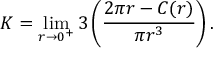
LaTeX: K = \operatorname* { l i m } _ { r \to 0 ^ { + } } 3 \left( { \frac { 2 \pi r - C ( r ) } { \pi r ^ { 3 } } } \right) .